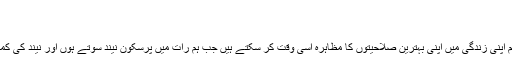
نیند کا عالمی دن -
نیند کا عالمی دن
کیا آپ جانتے ہیں ہم اپنی زندگی میں اپنی بہترین صلاحیتوں کا مظاہرہ اسی وقت کر سکتے ہیں جب ہم رات میں پرسکون نیند سوتے ہوں اور نیند کی کمی کا شکار نہ ہوں؟